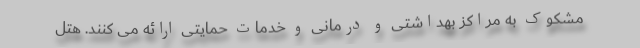
مشکوک به مراکز بهداشتی و درمانی و خدمات حمایتی ارائه می کنند. هتل